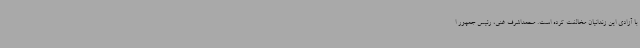
با آزادی این زندانیان مخالفت کرده است. محمداشرف غنی، رئیس جمهور ا